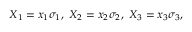
X _ { 1 } = x _ { 1 } \sigma _ { 1 } , ~ X _ { 2 } = x _ { 2 } \sigma _ { 2 } , ~ X _ { 3 } = x _ { 3 } \sigma _ { 3 } ,